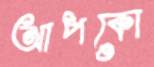
আপকো